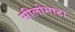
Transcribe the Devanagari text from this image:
सीलोमाटा